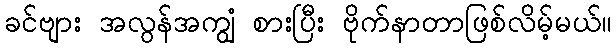
ခင်ဗျား အလွန်အကျွံ စားပြီး ဗိုက်နာတာဖြစ်လိမ့်မယ်။